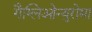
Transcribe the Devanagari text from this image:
गैग्लिओन्युरोमा